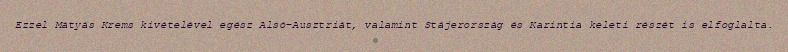
Ezzel Mátyás Krems kivételével egész Alsó-Ausztriát, valamint Stájerország és Karintia keleti részét is elfoglalta.